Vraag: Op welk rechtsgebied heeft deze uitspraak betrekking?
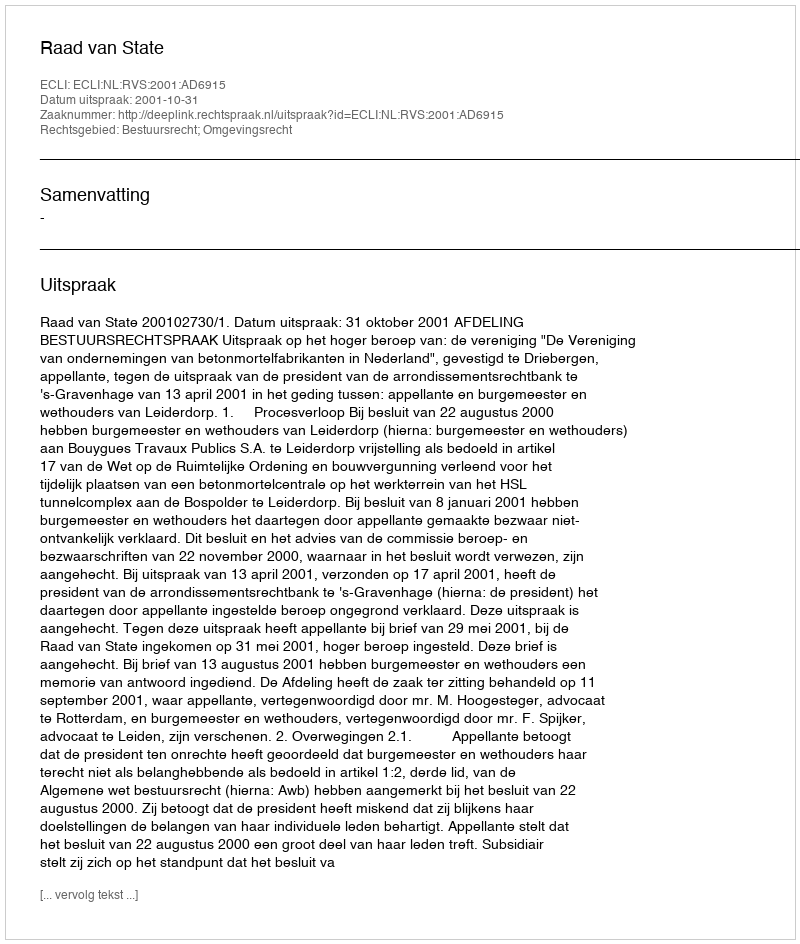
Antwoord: Bestuursrecht; Omgevingsrecht